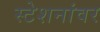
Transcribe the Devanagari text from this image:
स्टेशनांवर